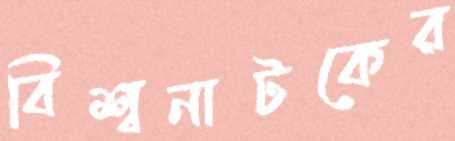
বিশ্বনাটকের